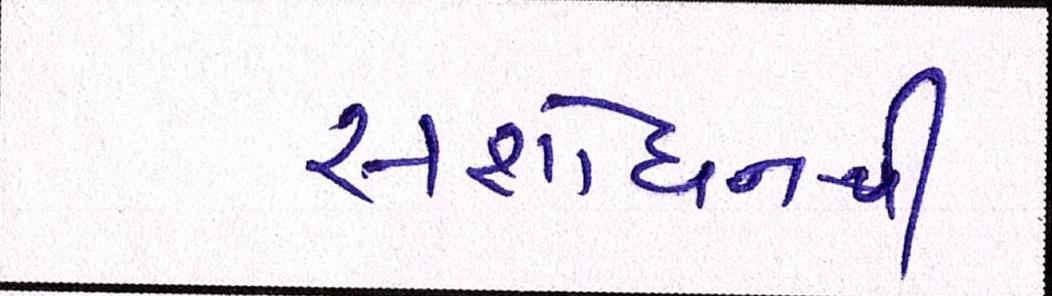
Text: સંશોધનથી